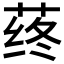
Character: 𰱛